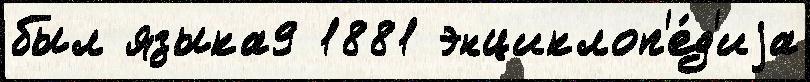
был языка9 1881 энциклоп'е́д'иjа